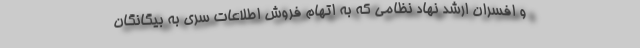
و افسران ارشد نهاد نظامی که به اتهام فروش اطلاعات سری به بیگانگان